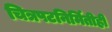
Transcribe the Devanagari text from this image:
चित्रपटनिर्मितीही